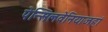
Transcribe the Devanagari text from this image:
पेन्सिलवेनियाजहां